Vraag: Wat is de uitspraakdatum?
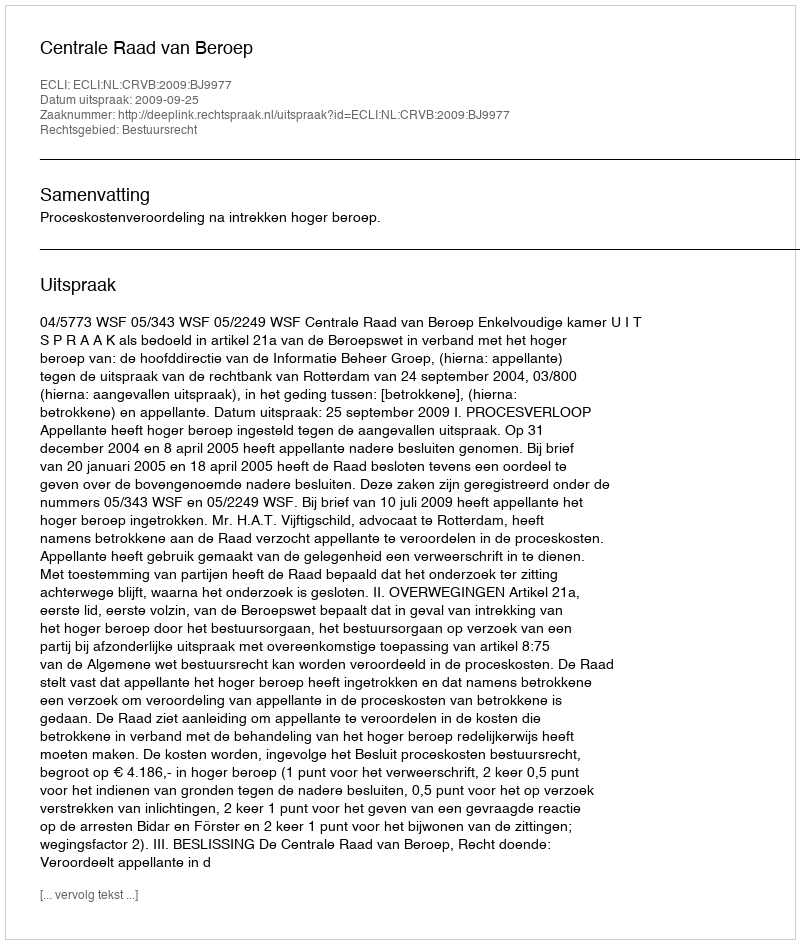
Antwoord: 2009-09-25